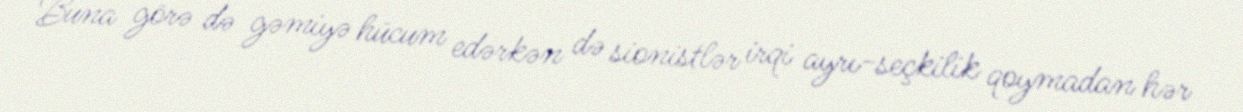
Buna görə də gəmiyə hücum edərkən də sionistlər irqi ayrı-seçkilik qoymadan hər